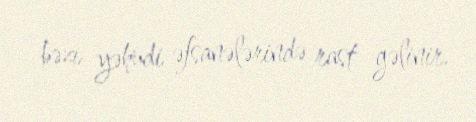
bəzi yəhudi əfsanələrində rast gəlinir.